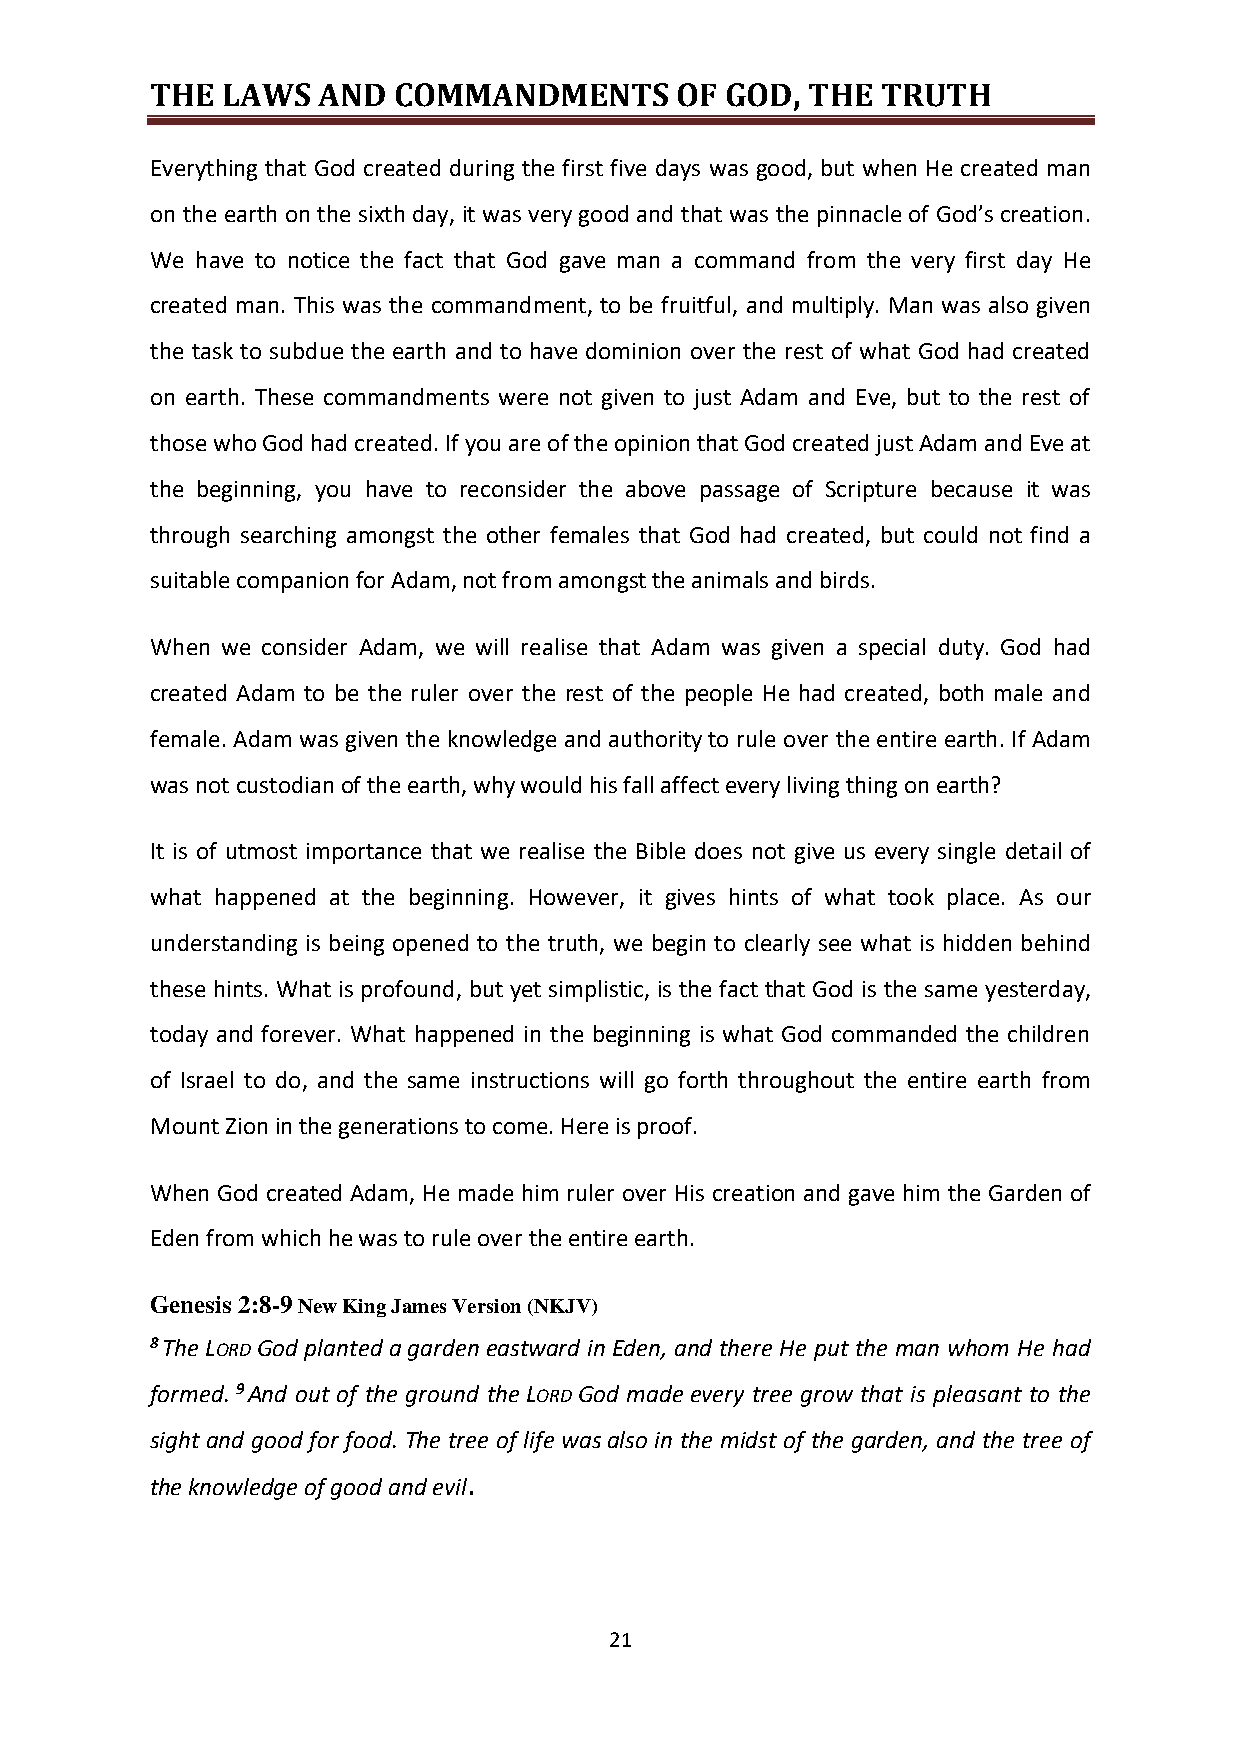
THE  LAWS  AND  COMMANDMENTS       OF GOD, THE  TRUTH
 Everything that God created during the first five days was good, but when He created man
 on the earth on the sixth day, it was very good and that was the pinnacle of God’s creation.
 We have to notice the fact that God gave man a command from the very first day He
 created man. This was the commandment, to be fruitful, and multiply. Man was also given
 the task to subdue the earth and to have dominion over the rest of what God had created
 on earth. These commandments were not given to just Adam and Eve, but to the rest of
 those who God had created. If you are of the opinion that God created just Adam and Eve at
 the beginning, you have to reconsider the above passage of Scripture because it was
 through searching amongst the other females that God had created, but could not find a
 suitable companion for Adam, not from amongst the animals and birds.
 When we consider Adam, we will realise that Adam was given a special duty. God had
 created Adam to be the ruler over the rest of the people He had created, both male and
 female. Adam was given the knowledge and authority to rule over the entire earth. If Adam
 was not custodian of the earth, why would his fall affect every living thing on earth?
 It is of utmost importance that we realise the Bible does not give us every single detail of
 what happened at the beginning. However, it gives hints of what took place. As our
 understanding is being opened to the truth, we begin to clearly see what is hidden behind
 these hints. What is profound, but yet simplistic, is the fact that God is the same yesterday,
 today and forever. What happened in the beginning is what God commanded the children
 of Israel to do, and the same instructions will go forth throughout the entire earth from
 Mount Zion in the generations to come. Here is proof.
 When God created Adam, He made him ruler over His creation and gave him the Garden of
 Eden from which he was to rule over the entire earth.
 Genesis 2:8-9 New King James Version (NKJV)
 8 The LORD God planted a garden eastward in Eden, and there He put the man whom He had
 formed. 9 And out of the ground the LORD God made every tree grow that is pleasant to the
 sight and good for food. The tree of life was also in the midst of the garden, and the tree of
 the knowledge of good and evil.
 21